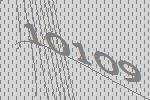
10109